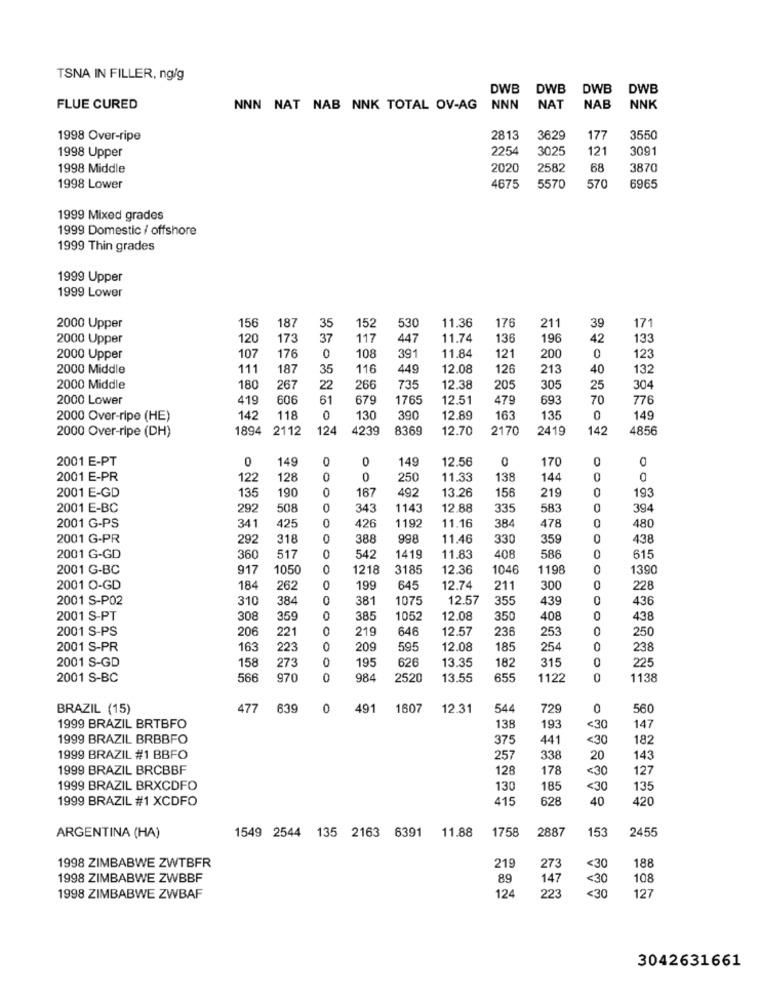
TSNA IN FILLER, ng/g
DWB
DWB
DWB
DWB
FLUE CURED
NNN NAT NAB NNK TOTAL OV-AG
NNN
NAT
NAB
NNK
1998 Over-ripe
2813
3629
177
3550
1998 Upper
2254
3025
121
3091
1998 Middle
2020
2582
68
3870
570
1998 Lower
4675
5570
6965
1999 Mixed grades
1999 Domestic / offshore
1999 Thin grades
1999 Upper
1999 Lower
156
187
11.36
2000 Upper
35
152
530
176
211
39
171
2000 Upper
120
173
37
117
447
11.74
136
196
42
133
391
11.84
200
2000 Upper
107
176
0
108
121
0
123
2000 Middle
111
187
35
116
449
12.08
126
213
40
132
2000 Middle
180
267
22
266
735
12.38
205
305
25
304
2000 Lower
419
606
61
679
1765
12.51
479
693
70
776
2000 Over-ripe (HE)
142
118
0
130
390
12.89
163
135
0
149
2000 Over-ripe (DH)
1894 2112
124
4239
8369
12.70
2170
2419
142
4856
2001 E-PT
0
149
0
0
149
12,56
0
170
0
0
2001 E-PR
122
128
0
250
11.33
138
144
0
0
2001 E-GD
135
190
167
492
13.26
156
219
193
0
2001 E-BC
292
508
343
1143
12.88
335
583
394
0
11.16
478
480
2001 G-PS
341
425
426
1192
384
0
2001 G-PR
292
318
388
998
11.46
330
359
0
438
2001 G-GD
360
517
0
542
1419
11.83
408
586
0
615
2001 G-BC
917
1050
1218
3185
12.36
1046
1198
0
1390
2001 O-GD
184
262
0
199
645
12.74
211
300
0
228
2001 S-P02
310
384
0
381
1075
12.57
355
439
0
436
2001 S-PT
308
359
0
385
1052
12.08
350
408
0
438
2001 S-PS
206
221
0
219
646
12.57
236
253
0
250
2001 S-PR
163
223
0
209
595
12.08
185
254
0
238
2001 S-GD
0
195
626
13.35
182
315
225
158
273
2001 S-BC
566
970
0
984
2520
13.55
655
1122
1138
BRAZIL (15)
477
639
0
491
1607
12.31
544
729
0
560
1999 BRAZIL BRTBFO
138
193
<30
147
1999 BRAZIL BRBBFO
375
441
<30
182
1999 BRAZIL #1 BBFO
257
338
20
143
1999 BRAZIL BRCBBF
128
178
<30
127
1999 BRAZIL BRXCDFO
130
185
<30
135
1999 BRAZIL #1 XCDFO
415
628
40
420
1549 2544 135 2163 6391
11.88
1758
2887
153
2455
ARGENTINA (HA)
219
188
1998 ZIMBABWE ZWTBFR
273
<30
1998 ZIMBABWE ZWBBF
89
147
<30
108
223
<30
1998 ZIMBABWE ZWBAF
124
127
3042631661